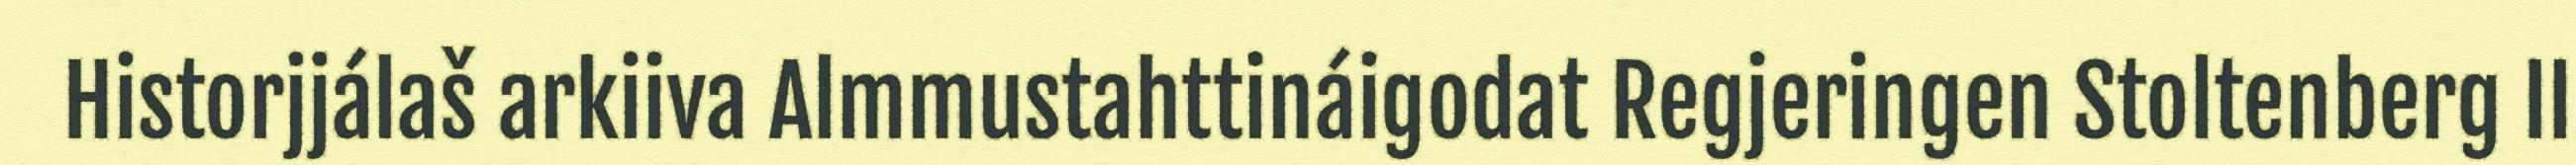
Historjjálaš arkiiva Almmustahttináigodat Regjeringen Stoltenberg II